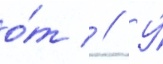
о́т  // У́